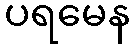
ပရမေန